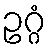
ဥဂ္ဂံ